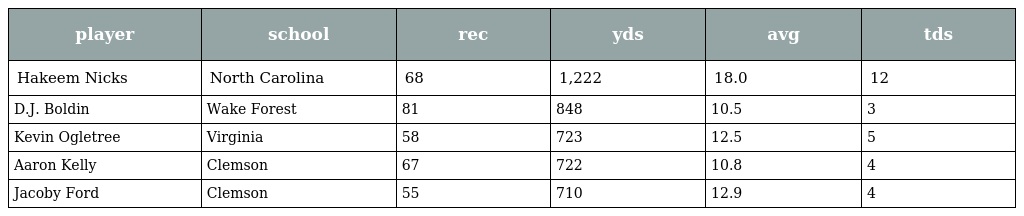
| player | school | rec | yds | avg | tds |
 | --- | --- | --- | --- | --- | --- |
 | Hakeem Nicks | North Carolina | 68 | 1,222 | 18.0 | 12 |
 | D.J. Boldin | Wake Forest | 81 | 848 | 10.5 | 3 |
 | Kevin Ogletree | Virginia | 58 | 723 | 12.5 | 5 |
 | Aaron Kelly | Clemson | 67 | 722 | 10.8 | 4 |
 | Jacoby Ford | Clemson | 55 | 710 | 12.9 | 4 |